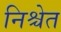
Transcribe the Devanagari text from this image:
निश्चेत